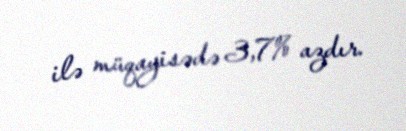
ilə müqayisədə 3,7% azdır.